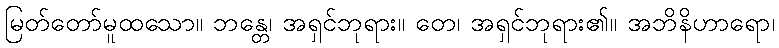
မြတ်တော်မူထသော။ ဘန္တေ၊ အရှင်ဘုရား။ တေ၊ အရှင်ဘုရား၏။ အဘိနိဟာရော၊